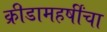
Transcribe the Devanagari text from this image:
क्रीडामहर्षींचा